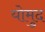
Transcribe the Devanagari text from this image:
योमुद